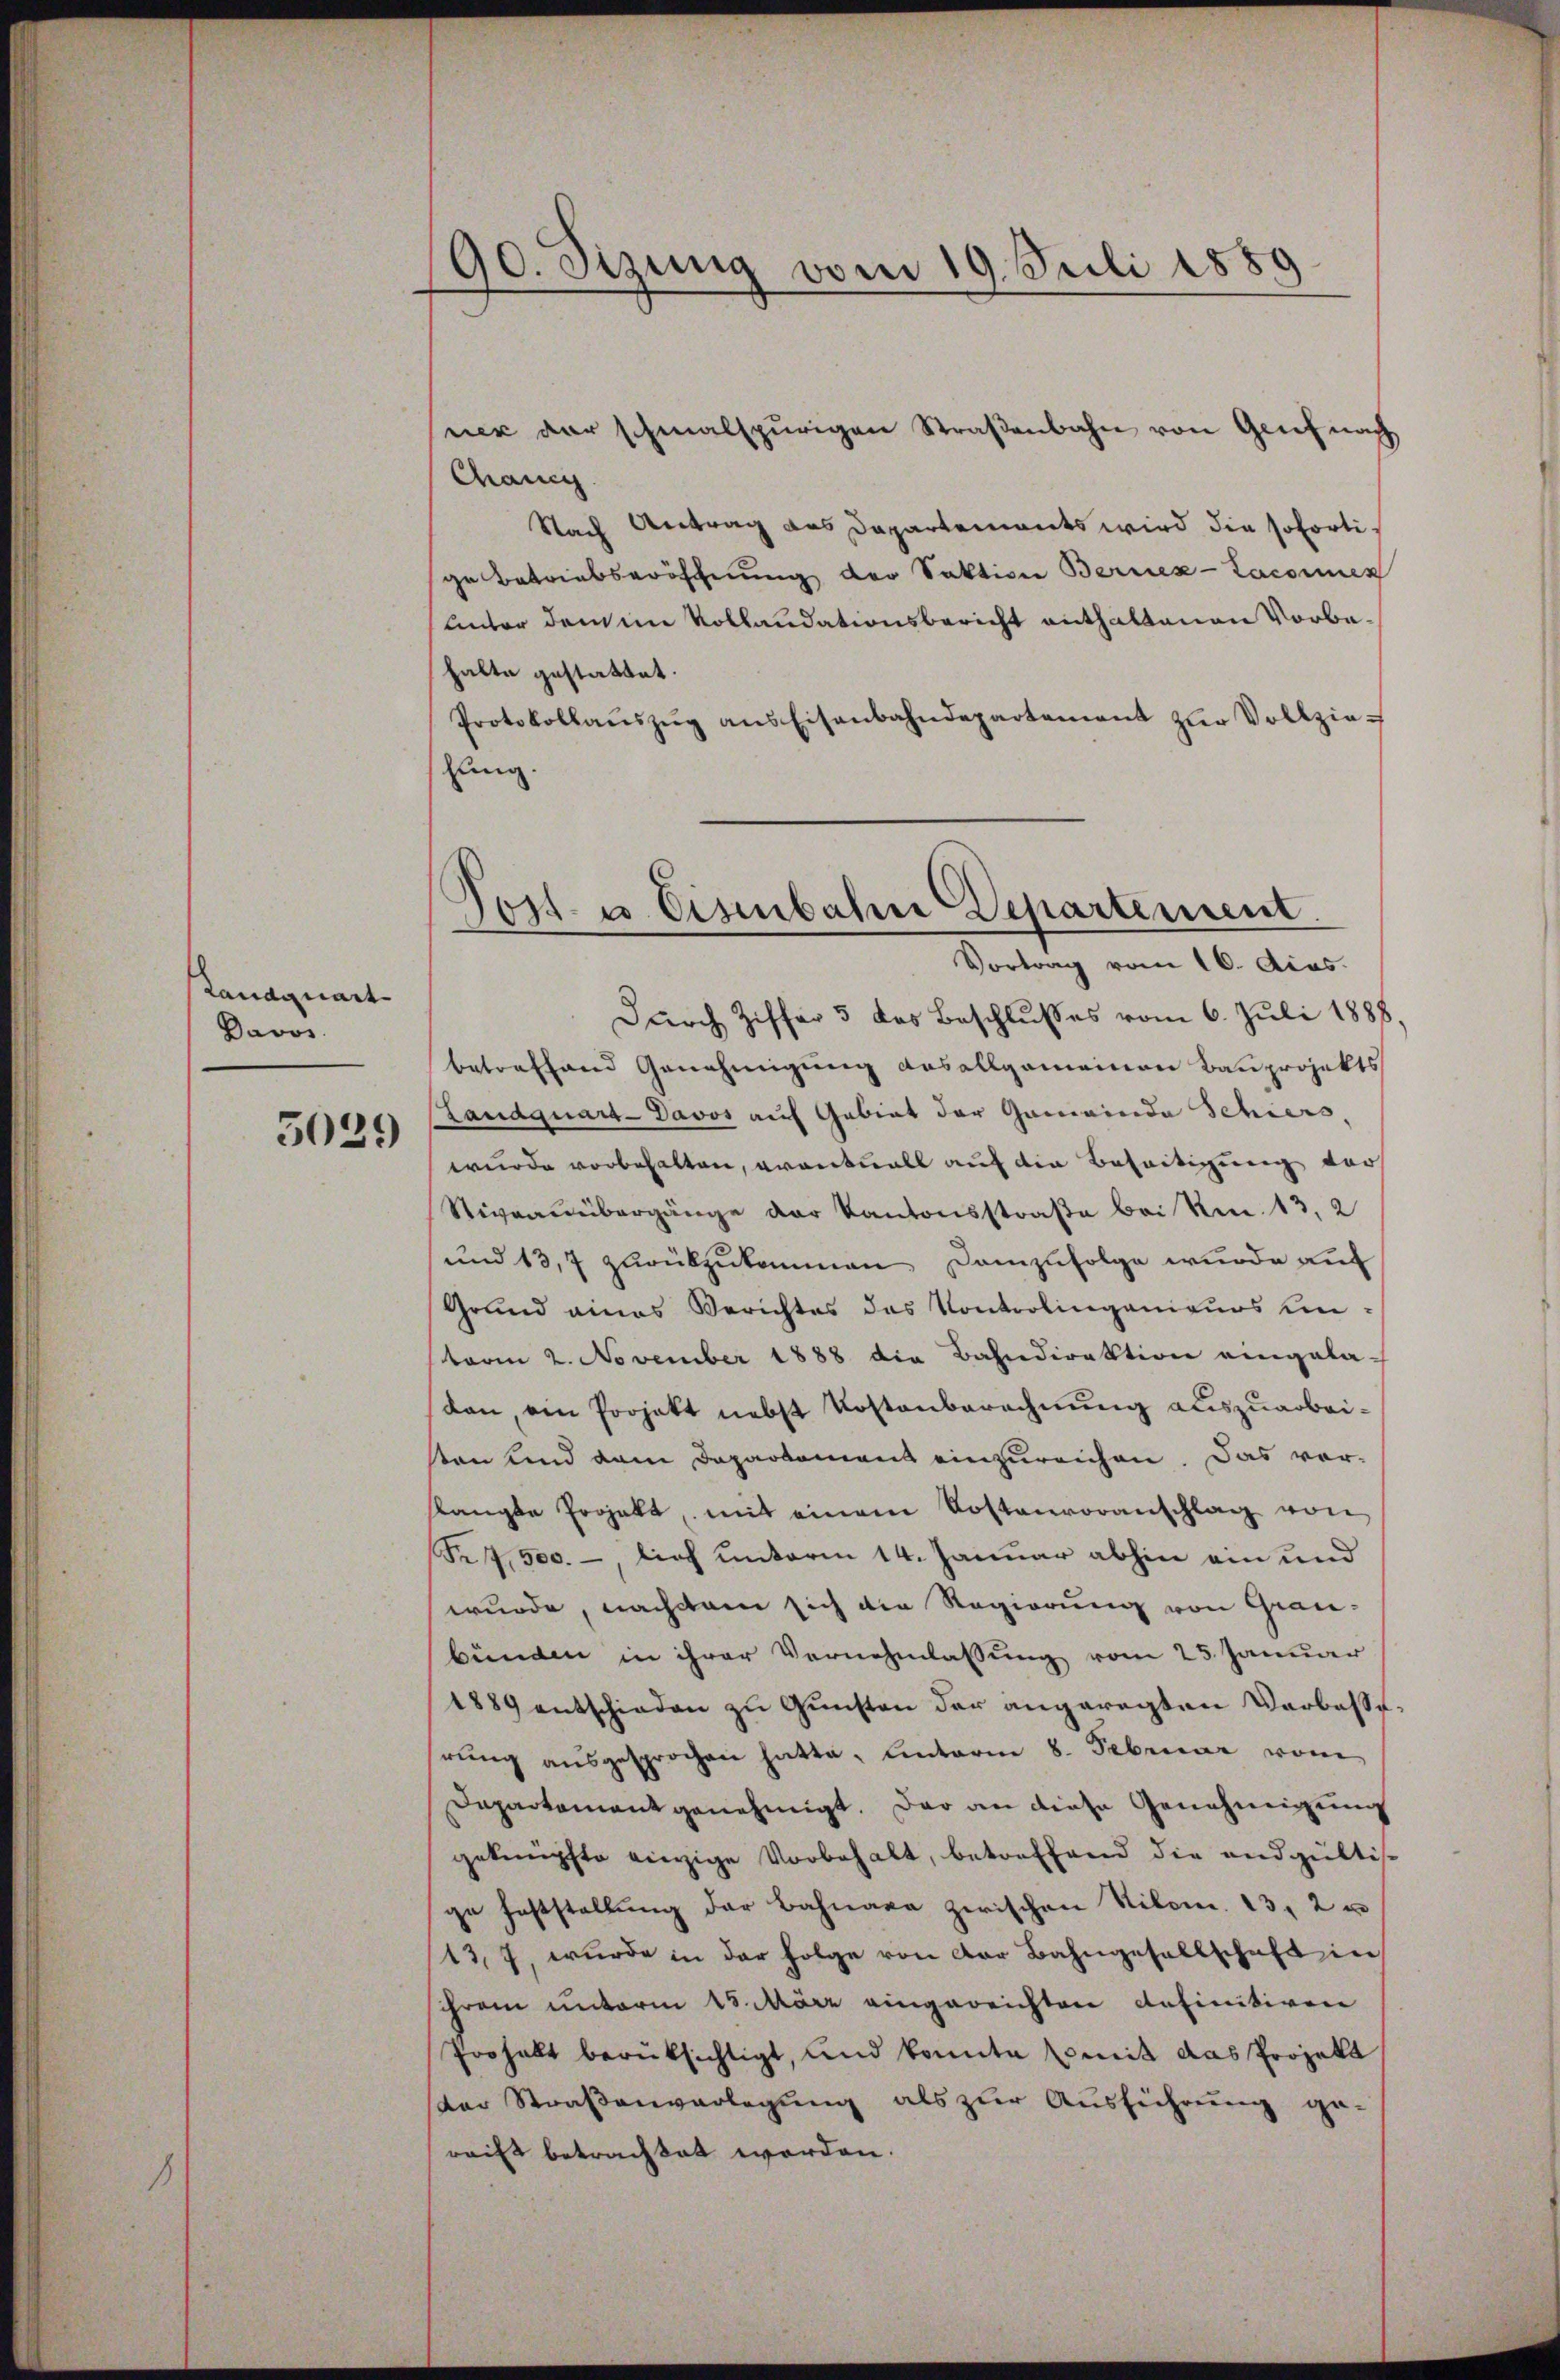
Landquart
Davos.

5029

90. Sizung vom 19. Juli 1889

sner der schmalspurigen Straβenbahn von Genf nach
Chänig
Nach Antrag des Departements wird die sofortige Betriebsröschnung der Saktive Berner-Laconen
unter dem im Vollaudationsbericht enthaltenen Vorbehalte gestattet.
Protokollaŭszŭg ans Eisenbahndepartement zŭr Vollzielung.
Durch Ziffer 3 des Beschlußes vom 6. Juli 1888.
betreffend Genehmigung das allgemeinen Bauprojekts
Landquart-Davos auf Gebiet der Gemeinda Schiers
wurde vorbehalten, avantuall auf die Beseitigung der
Stivaauübergänge der Kantonsstraße bei kn. 13, 2
und 13,7 zurükzukommen, Demzufolge wurde auf
Grund eines Berichtes das Kontrolingenieurs unterm 2. November 1888 die Bahndirektion eingela-
dan, ein Projekt nebst Kostenberechnung auszuarbeisten und dem Departement einzureichen. Das vor-
slangte Projekt, mit einem Kostenvoranschlag von
Fr.7,500.-, lief unterm 14. Januar abhin ein und
wurde, nachdem sich die Regierung von Grau-
bünden in ihrer Vernehmlassung vom 25. Januar
1889 entschieden zu Gunsten der angeregten Verbesserŭng ausgesprochen hatte. Unterm 8. Februar von
Dapartement genehmigt. Der an diese Genehmigung
geknüpfte einzige Vorbehalt, betreffend die endgültis
ge feststellung der Bahnare zwischen Kilom. 13, 2 u
13, 7, wurde in der Folge von der Bahngesellschaft in
schrem unterm 15. März eingereichten definitiven
Prohalt berüksichtigt, und konnte Comit das Projekt
der Straßenverlegung als zur Ausführung ge-
reift betrachtet worden.

Post- u. Eisenbahn Departement.
Vortrag vom 16. Acas.